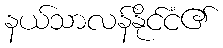
နယ်သာလန်နိုင်ငံ၏